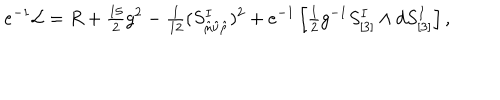
e ^ { - 1 } { \cal L } = R + { \textstyle { \frac { 1 5 } { 2 } } } g ^ { 2 } - { \textstyle { \frac { 1 } { 1 2 } } } ( S _ { \hat { \mu } \hat { \nu } \hat { \rho } } ^ { I } ) ^ { 2 } + e ^ { - 1 } \left[ { \textstyle { \frac { 1 } { 2 } } } g ^ { - 1 } S _ { [ 3 ] } ^ { I } \wedge d S _ { [ 3 ] } ^ { I } \right] ,